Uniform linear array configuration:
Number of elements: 16
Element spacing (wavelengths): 1
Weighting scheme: hann
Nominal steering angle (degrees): -60
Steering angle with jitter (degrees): -61.949
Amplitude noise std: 0.05
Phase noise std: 0.05

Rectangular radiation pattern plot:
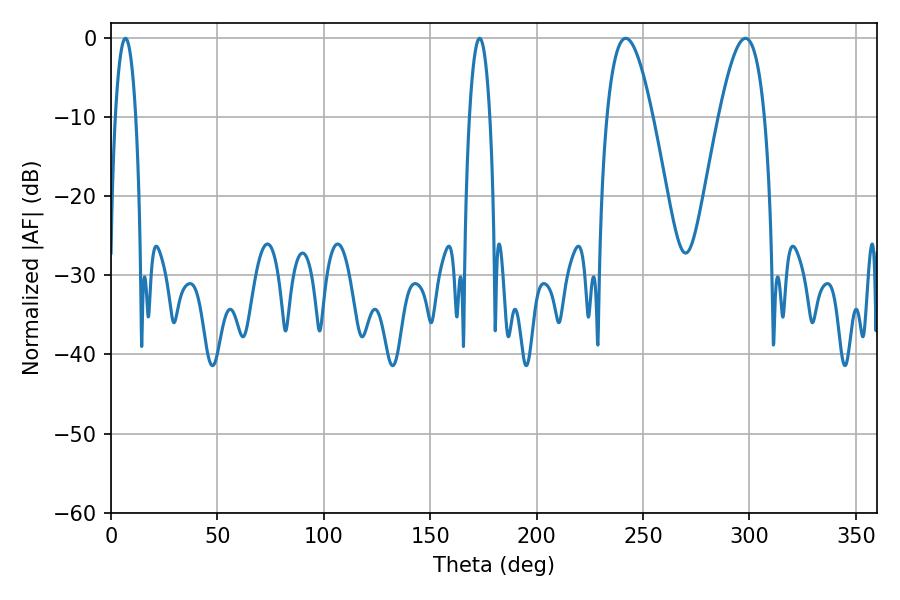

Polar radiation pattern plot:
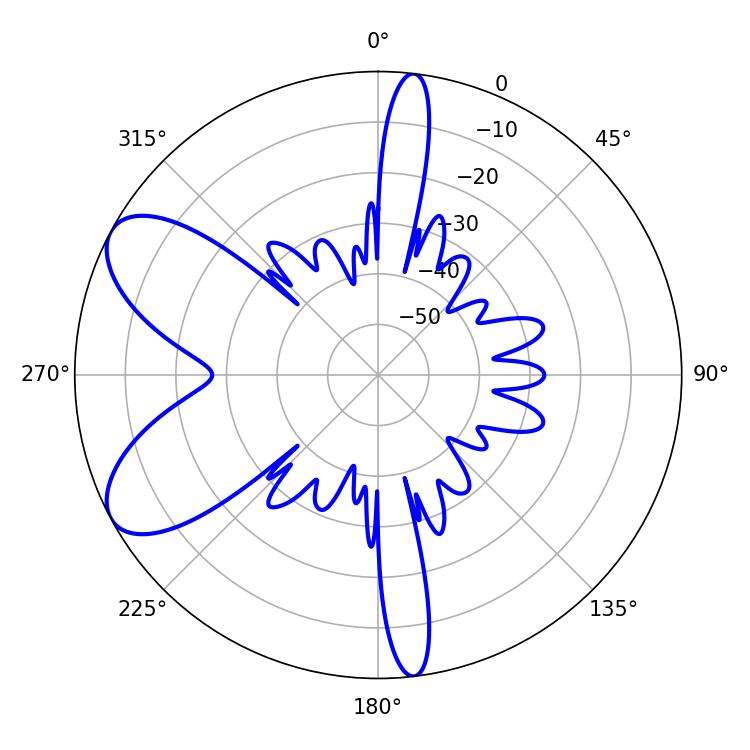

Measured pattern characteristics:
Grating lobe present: TRUE
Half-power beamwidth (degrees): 11.7
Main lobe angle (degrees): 298.08